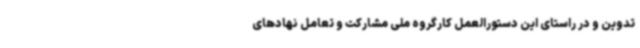
تدوین و در راستای این دستورالعمل کارگروه ملی مشارکت و تعامل نهادهای